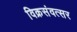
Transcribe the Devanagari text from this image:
विक्रसंवत्सर